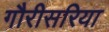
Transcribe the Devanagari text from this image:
गौरीसरिया